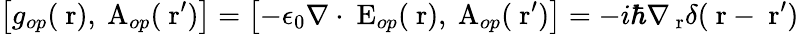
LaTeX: \left[g_{op}(\mathrm{\mathbf~r}),\mathrm{\mathbf~A}_{op}(\mathrm{\mathbf~r}^{\prime})\right]=\left[-\epsilon_{0}\nabla\cdot\mathrm{\mathbf~E}_{op}(\mathrm{\mathbf~r}),\mathrm{\mathbf~A}_{op}(\mathrm{\mathbf~r}^{\prime})\right]=-i\hbar\nabla_{\mathrm{\mathbf~r}}\delta(\mathrm{\mathbf~r}-\mathrm{\mathbf~r}^{\prime})